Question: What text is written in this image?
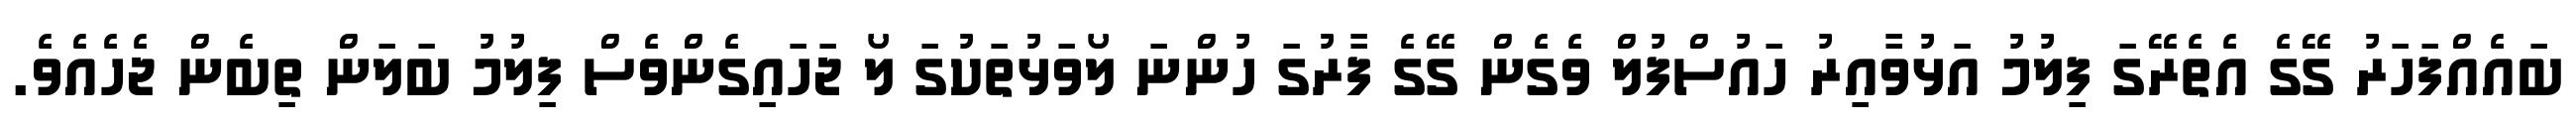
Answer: ބައެއްފަހަރު ގޭގެ އެތެރޭގަ ފިލުމު އަޅުވާއިރު ހައުސްފުލް ވެގެން ގޭގެ ފާރުގަ ހުންނަ ލޯވަޅުތަކުގަ ލޯ ޖަހައިގެންވެސް ފިލުމު ބަލަން ތިބެން ޖެހެއެވެ.